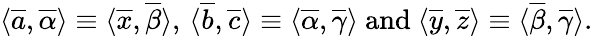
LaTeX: \begin{array}{r}{\langle\overline{a},\overline{{\alpha}}\rangle\equiv\langle\overline{x},\overline{{\beta}}\rangle,\, \langle\overline{b},\overline{c}\rangle\equiv\langle\overline{{\alpha}},\overline{{\gamma}}\rangle\mathrm{~and~}\langle\overline{y},\overline{z}\rangle\equiv\langle\overline{{\beta}},\overline{{\gamma}}\rangle.}\end{array}